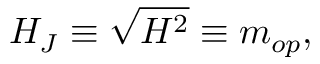
{ \cal H } _ { J } \equiv \sqrt { { \cal H } ^ { 2 } } \equiv m _ { o p } ,